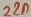
Text: 22n